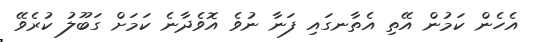
އެހެން ކަމުން އޭތި އެތާނގައި ފަނާ ނުވެ އޮވެދާނެ ކަމަށް ގަބޫލު ކުރެވޭ